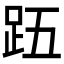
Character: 𮛉